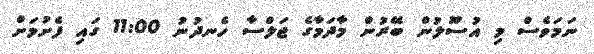
ނަމަވެސް މި އުސޫލުން ބޭރުން މާދަމާގެ ޖަލްސާ ހެނދުނު 11:00 ގައި ފެށުމަށް